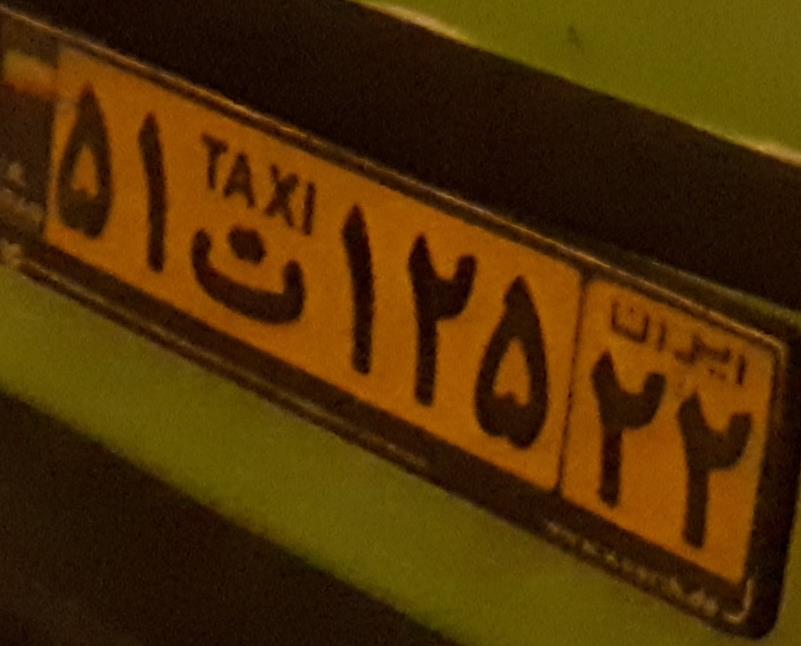
۵۱ت۱۲۵۲۲